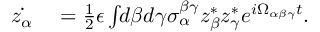
\begin{array} { r l } { \dot { z _ { \alpha } } } & { { } = \frac { 1 } { 2 } \epsilon \int \! \! d \beta d \gamma \sigma _ { \alpha } ^ { \beta \gamma } z _ { \beta } ^ { * } z _ { \gamma } ^ { * } e ^ { i \Omega _ { \alpha \beta \gamma } t } . } \end{array}